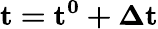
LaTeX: \mathbf{t=t^{0}+\Delta t}